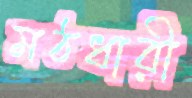
মঠধারী